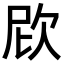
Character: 𣢞